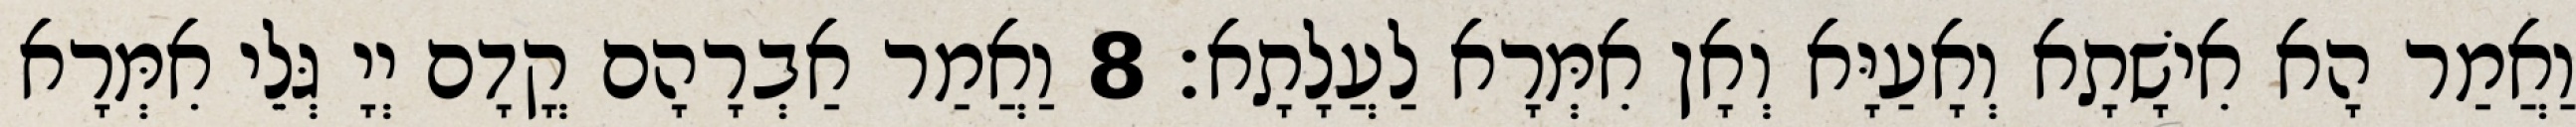
וַאֲמַר הָא אִישָׁתָא וְאָעַיָּא וְאָן אִמְּרָא לַעֲלָתָא׃ 8 וַאֲמַר אַבְרָהָם קֳדָם יְיָ גְּלֵי אִמְּרָא